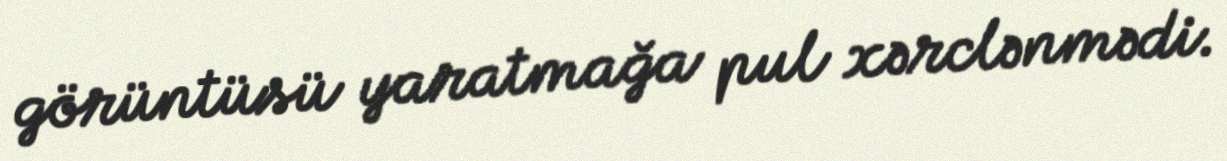
görüntüsü yaratmağa pul xərclənmədi.